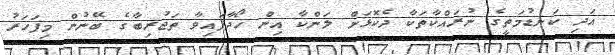
އަދި ކަނޑުމަތީގެ ނުރައްކާތަކާ ދެކޮޅަށް ލަންކާ އިން ހޯދާފައިވާ ތަޖުރިބާގެ ބޭނުން މިފަހަރު